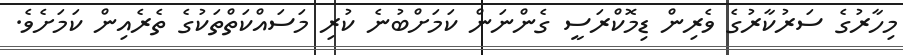
މިހާރުގެ ސަރުކާރުގެ ވެރިން ޑިމޮކްރަސީ ގެންނަން ކަމަށްބުނެ ކުރި މަސައްކަތްތަކުގެ ތެރެއިން ކަމަށެވެ.